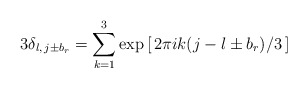
\begin{align*}3 \delta_{l, \, j \pm b_r} = \sum_{k=1}^{3} \exp \,[\,2 \pi i k (j - l\pm b_r)/3\,]\end{align*}